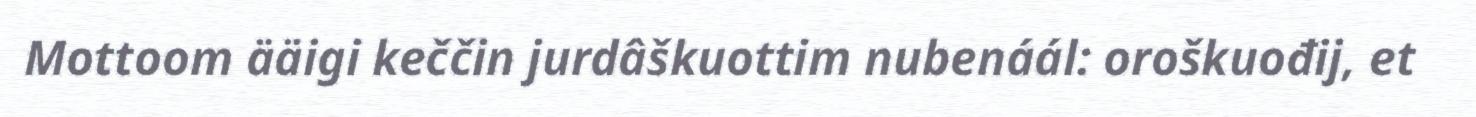
Mottoom ääigi keččin jurdâškuottim nubenáál: oroškuođij, et